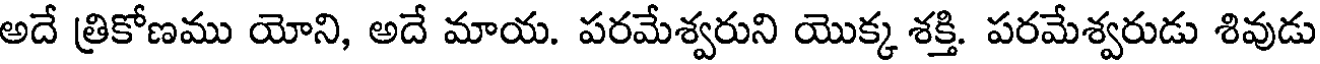
అదే త్రికోణము యోని, అదే మాయ. పరమేశ్వరుని యొక్క శక్తి. పరమేశ్వరుడు శివుడు